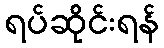
ရပ်ဆိုင်းရန်